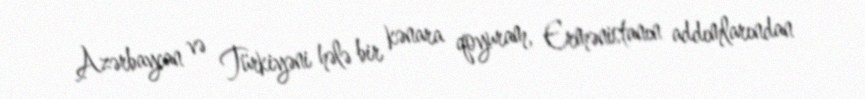
Azərbaycan və Türkiyəni hələ bir kənara qoyuram, Ermənistanın addımlarından